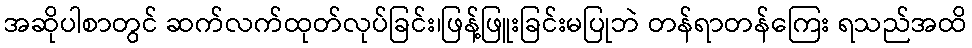
အဆိုပါစာတွင် ဆက်လက်ထုတ်လုပ်ခြင်း၊ဖြန့်ဖြူးခြင်းမပြုဘဲ တန်ရာတန်ကြေး ရသည်အထိ